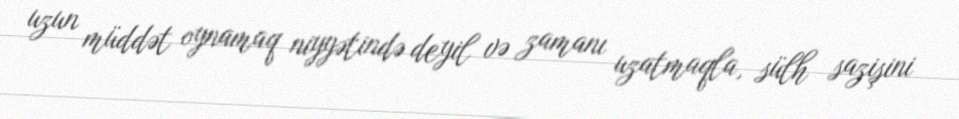
uzun müddət oynamaq niyyətində deyil və zamanı uzatmaqla, sülh sazişini